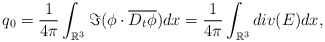
\begin{align*}q_0=\frac{1}{4\pi}\int_{\mathbb{R}^3}\Im(\phi\cdot \overline{D_t\phi})dx=\frac{1}{4\pi}\int_{\mathbb{R}^3}div (E)dx,\end{align*}